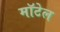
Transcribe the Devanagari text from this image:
मॉटेल